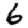
Digit: 6